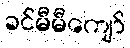
ခင်မီမီကျော်